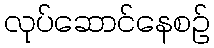
လုပ်ဆောင်နေစဉ်